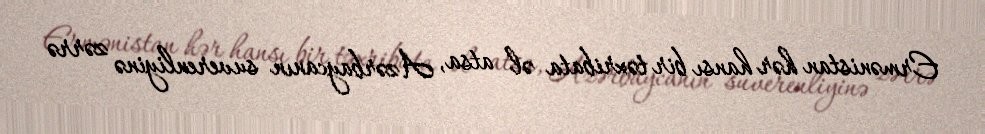
Ermənistan hər hansı bir təxribata əl atsa, Azərbaycanın suverenliyinə zərrə